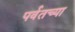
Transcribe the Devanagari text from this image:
पर्वतच्या